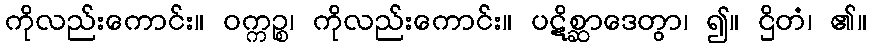
ကိုလည်းကောင်း။ ဝက္ကဉ္စ၊ ကိုလည်းကောင်း။ ပဋိစ္ဆာဒေတွာ၊ ၍။ ဌိတံ၊ ၏။